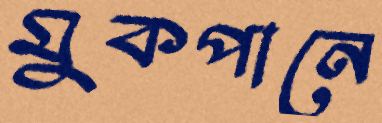
মুকপানে